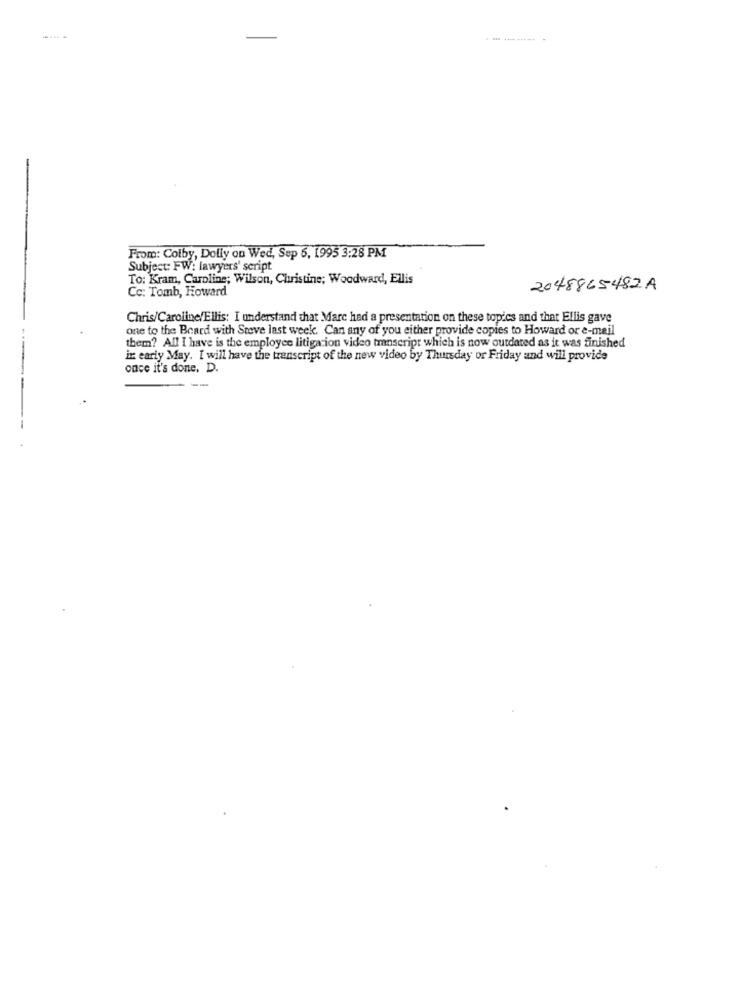
. - ------- -
From: Colby, Dolly on Wed, Sep 6, 1995 3:28 PM
Subject: FW: lawyers' script
To: Kram, Caroline; Wilson, Christine; Woodward, Ellis
Cc: Tomb, Howard
2048865482A
Chris/Caroline/Ellis: I understand that Marc had a presentation on these topics and that Ellis gave
one to the Board with Steve last week. Can any of you either provide copies to Howard or e-mail
them? All I have is the employee litigation video transcript which is now outdated as it was finished
in early May. I will have the transcript of the new video by Thursday or Friday and will provide
once it's done. D.
--